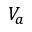
V _ { a }